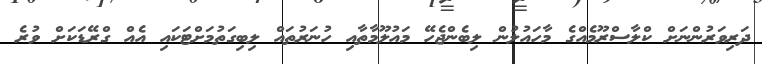
ދަރިވަރުންނަށް ކްލާސްރޫމެއްގެ މާހައުލުން ލިބެންޖެހޭ މައުލޫމާތާއި ހުނަރުތައް ލިބިގަތުމަށްޓަކައި އެއް ގްރޭޑަަކަށް ވުރެ